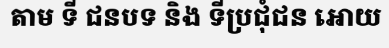
តាម ទី ជនបទ និង ទីប្រជុំជន អោយ